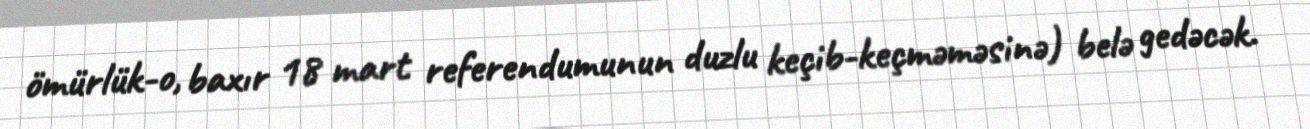
ömürlük-o, baxır 18 mart referendumunun duzlu keçib-keçməməsinə) belə gedəcək.